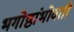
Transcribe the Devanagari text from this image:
भगोष्ठांभोवती